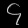
Digit: ၄